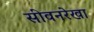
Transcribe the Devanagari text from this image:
सीवनरेखा